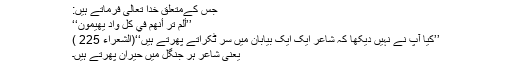
جس کےمتعلق خدا تعالیٰ فرماتے ہیں:
’’أَلَمْ تَرَ‌ أَنَّهُمْ فِي كُلِّ وَادٍ يَهِيمُونَ‘‘
’’کیا آپ نے نہیں دیکھا کہ شاعر ایک ایک بیابان میں سر ٹکراتے پھرتے ہیں‘‘(الشعراء 225 )
یعنی شاعر ہر جنگل میں حیران پھرتے ہیں۔